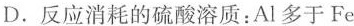
D.反应消耗的硫酸溶质：Al多于Fe